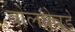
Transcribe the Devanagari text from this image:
बोलघेवडे